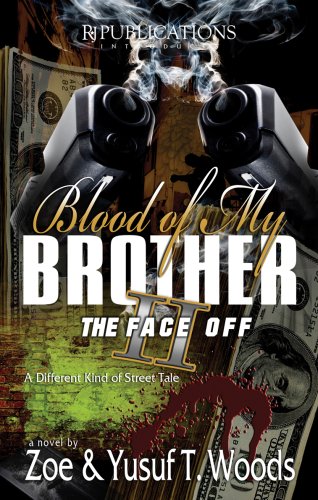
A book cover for Blood of My Brother II: The Face Off; Zoe Woods; Literature & Fiction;